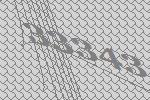
33343